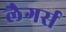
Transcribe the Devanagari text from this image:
लैगर्स